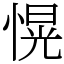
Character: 愰